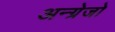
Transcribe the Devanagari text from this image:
अन्ग्रेजो